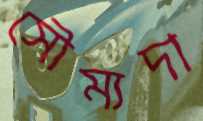
সৌম্যদা